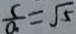
\frac { c } { a } = \sqrt { 5 }